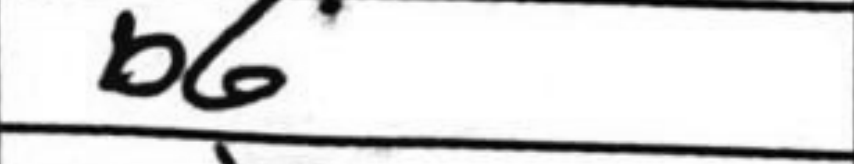
Transcription: b6